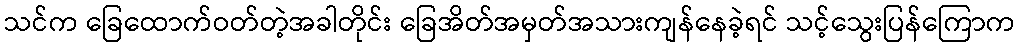
သင်က ခြေထောက်ဝတ်တဲ့အခါတိုင်း ခြေအိတ်အမှတ်အသားကျန်နေခဲ့ရင် သင့်သွေးပြန်ကြောက